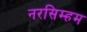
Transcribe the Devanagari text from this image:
नरसिम्हम